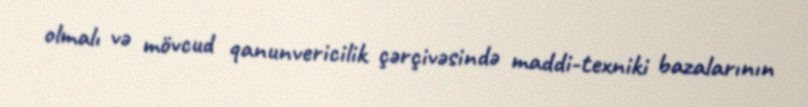
olmalı və mövcud qanunvericilik çərçivəsində maddi-texniki bazalarının